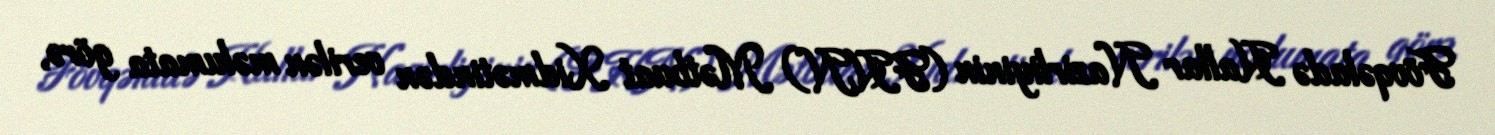
Fövqəladə Hallar Nazirliyinin (FHN) Mətbuat Xidmətindən verilən məlumata görə,